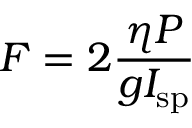
F = 2 { \frac { \eta P } { g I _ { \mathrm { s p } } } }